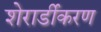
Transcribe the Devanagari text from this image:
शेरार्डीकरण